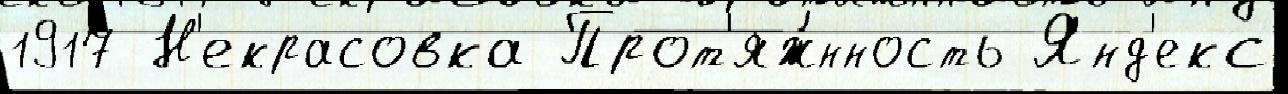
1917 Н'екрасовка Прот'яж́нность Янд'екс